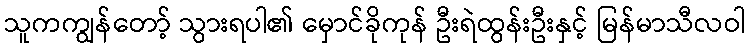
သူကကျွန်တော့် သွားရပါ၏ မှောင်ခိုကုန် ဦးရဲထွန်းဦးနှင့် မြန်မာသီလဝါ